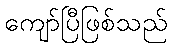
ကျော်ပြီဖြစ်သည်